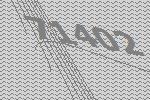
71402